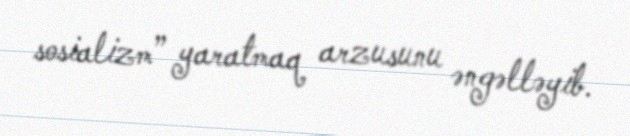
sosializm” yaratmaq arzusunu əngəlləyib.